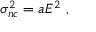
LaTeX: \sigma _ { n c } ^ { 2 } = a E ^ { 2 } \ ,